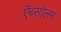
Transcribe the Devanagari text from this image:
ऍब्सोलम